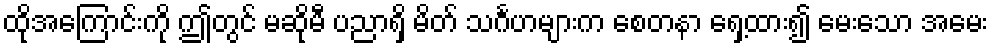
ထိုအကြောင်းကို ဤတွင် မဆိုမီ ပညာရှိ မိတ် သင်္ဂဟများက စေတနာ ရှေ့ထား၍ မေးသော အမေး